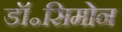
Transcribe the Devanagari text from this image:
डॉ॰सिमोन